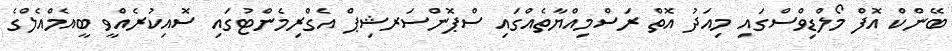
ބޭންކް އޮފް މޯލްޑިވްސްގައި މިއަދު އޮތް ރަސްމިއްޔާތެއްގައި ސްޕޮންސަރޝިޕް އެގްރިމެންޓުގައި ސޮއިކުރެއްވީ ބީއެމްއެލްގެ